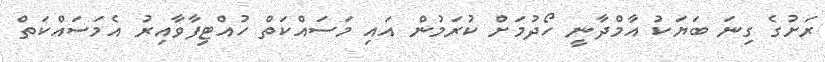
ރަށުގެ ގިނަ ބަޔަކު އާމްދާނީ ހޯދުމަށް ކުރަމުން އައި މަސައްކަތް ހުއްޓިފާވާއިރު އެމަސައްކަތް